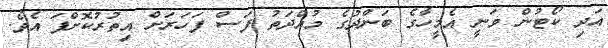
އަދި ކޯޓުން ވަނީ އެމީހާގެ ބަންދުގެ މުއްދަތު ފަސް ފަހަރަށް އިތުރުކޮށްފަ އެވެ.